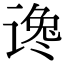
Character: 谗